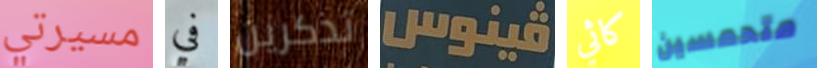
مسيرتي في تذكرين فينوس كاثي متحمسين